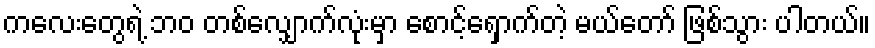
ကလေးတွေရဲ့ ဘဝ တစ်လျှောက်လုံးမှာ စောင့်ရှောက်တဲ့ မယ်တော် ဖြစ်သွား ပါတယ်။